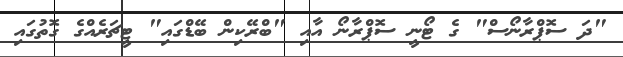
"ދަ ސޮޕްރާނޯސް" ގެ ޓޯނީ ސޮޕްރާނޯ އާއި "ބްރޭކިން ބޭޑްގައި" ޓީޗަރެއްގެ ގޮތުގައި